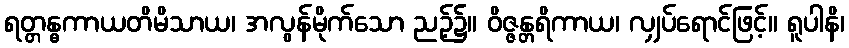
ရတ္တန္ဓကာယတိမိသာယ၊ အလွန်မိုက်သော ညဉ့်၌။ ဝိဇ္ဇန္တရိကာယ၊ လျှပ်ရောင်ဖြင့်။ ရူပါနိ၊